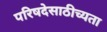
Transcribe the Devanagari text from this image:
परिषदेसाठीच्यता